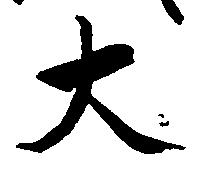
大